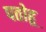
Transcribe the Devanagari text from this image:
पतोहू